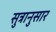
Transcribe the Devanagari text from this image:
सुत्रानुसार